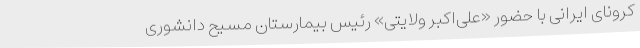
کرونای ایرانی با حضور «علی‌اکبر ولایتی» رئیس بیمارستان مسیح دانشوری